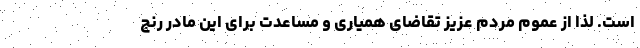
است. لذا از عموم مردم عزیز تقاضای همیاری و مساعدت برای این مادر رنج